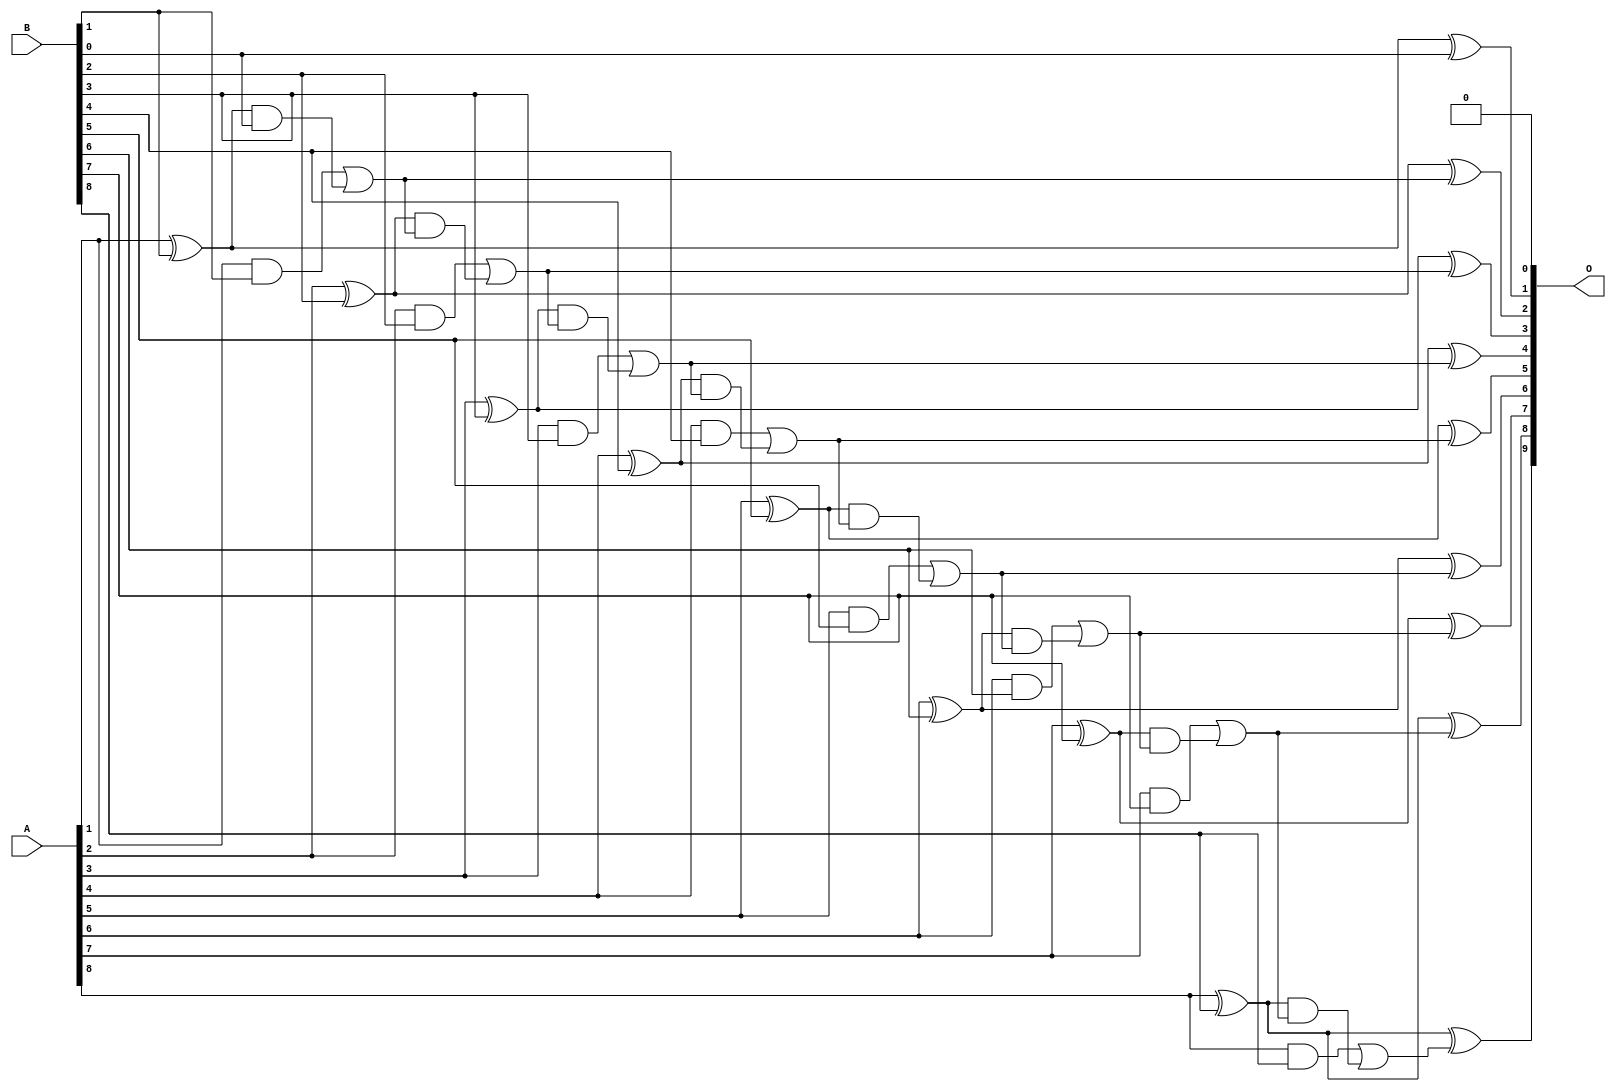
/***
* This code is a part of EvoApproxLib library (ehw.fit.vutbr.cz/approxlib) distributed under The MIT License.
* When used, please cite the following article(s): V. Mrazek, L. Sekanina, Z. Vasicek "Libraries of Approximate Circuits: Automated Design and Application in CNN Accelerators" IEEE Journal on Emerging and Selected Topics in Circuits and Systems, Vol 10, No 4, 2020 
* This file contains a circuit from a sub-set of pareto optimal circuits with respect to the pwr and mre parameters
***/
// MAE% = 0.098 %
// MAE = 0.5 
// WCE% = 0.20 %
// WCE = 1.0 
// WCRE% = 100.00 %
// EP% = 50.00 %
// MRE% = 1.27 %
// MSE = 0.5 
// PDK45_PWR = 0.037 mW
// PDK45_AREA = 75.6 um2
// PDK45_DELAY = 0.68 ns

module add9se_0CG (
    A,
    B,
    O
);

input [8:0] A;
input [8:0] B;
output [9:0] O;

wire sig_20,sig_21,sig_22,sig_23,sig_24,sig_25,sig_26,sig_27,sig_28,sig_29,sig_30,sig_31,sig_32,sig_33,sig_34,sig_35,sig_36,sig_37,sig_38,sig_39;
wire sig_40,sig_41,sig_42,sig_43,sig_44,sig_45,sig_46,sig_47,sig_48,sig_49,sig_50,sig_51,sig_52,sig_53,sig_54,sig_55,sig_56,sig_57,sig_58,sig_59;
wire sig_61;

assign sig_20 = A[1] ^ B[1];
assign sig_21 = A[1] & B[1];
assign sig_22 = sig_20 & B[0];
assign sig_23 = sig_20 ^ B[0];
assign sig_24 = sig_21 | sig_22;
assign sig_25 = A[2] ^ B[2];
assign sig_26 = A[2] & B[2];
assign sig_27 = sig_25 & sig_24;
assign sig_28 = sig_25 ^ sig_24;
assign sig_29 = sig_26 | sig_27;
assign sig_30 = A[3] ^ B[3];
assign sig_31 = A[3] & B[3];
assign sig_32 = sig_30 & sig_29;
assign sig_33 = sig_30 ^ sig_29;
assign sig_34 = sig_31 | sig_32;
assign sig_35 = A[4] ^ B[4];
assign sig_36 = A[4] & B[4];
assign sig_37 = sig_35 & sig_34;
assign sig_38 = sig_35 ^ sig_34;
assign sig_39 = sig_36 | sig_37;
assign sig_40 = A[5] ^ B[5];
assign sig_41 = A[5] & B[5];
assign sig_42 = sig_40 & sig_39;
assign sig_43 = sig_40 ^ sig_39;
assign sig_44 = sig_41 | sig_42;
assign sig_45 = A[6] ^ B[6];
assign sig_46 = A[6] & B[6];
assign sig_47 = sig_45 & sig_44;
assign sig_48 = sig_45 ^ sig_44;
assign sig_49 = sig_46 | sig_47;
assign sig_50 = A[7] ^ B[7];
assign sig_51 = A[7] & B[7];
assign sig_52 = sig_50 & sig_49;
assign sig_53 = sig_50 ^ sig_49;
assign sig_54 = sig_51 | sig_52;
assign sig_55 = A[8] ^ B[8];
assign sig_56 = A[8] & B[8];
assign sig_57 = sig_55 & sig_54;
assign sig_58 = sig_55 ^ sig_54;
assign sig_59 = sig_56 | sig_57;
assign sig_61 = sig_55 ^ sig_59;

assign O[9] = sig_61;
assign O[8] = sig_58;
assign O[7] = sig_53;
assign O[6] = sig_48;
assign O[5] = sig_43;
assign O[4] = sig_38;
assign O[3] = sig_33;
assign O[2] = sig_28;
assign O[1] = sig_23;
assign O[0] = 1'b0;

endmodule